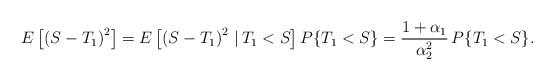
LaTeX: \begin{align*}E\left[\left(S - T_1\right)^2\right] = E\left[\left(S - T_1\right)^2 \, | \, T_1 < S\right] P\{T_1 < S\}= \frac{1+\alpha_1}{\alpha_2^2} \, P\{T_1 < S\}.\end{align*}